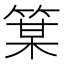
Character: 𫂋